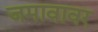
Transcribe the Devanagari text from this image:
जमावावर